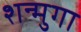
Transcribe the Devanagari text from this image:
शन्मुगा